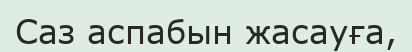
Саз аспабын жасауға,